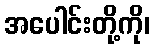
အပေါင်းတို့ကို၊